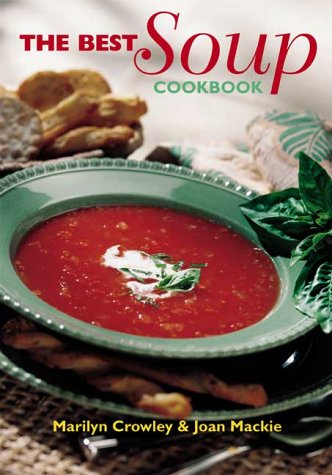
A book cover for The Best Soup Cookbook; Marilyn Crowley; Cookbooks, Food & Wine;